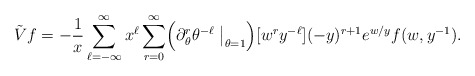
\begin{align*}\tilde Vf=-\dfrac{1}{x}\sum_{\ell =-\infty}^\infty x^{\ell} \sum_{r=0}^\infty\Bigl(\partial_\theta^r\theta^{-\ell}\bigm|_{\theta=1}\Bigr)[w^r y^{-\ell }](-y)^{r+1} e^{w/y} f(w,y^{-1}).\end{align*}